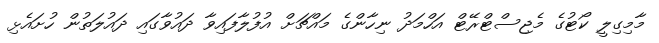
މާމިގިލީ ކޯޓުގެ މެޖިސްޓްރޭޓް އަހްމަދު ނިހާންގެ މައްޗަށް އުފުލާފައިވާ ދައުވާގައި ދައުލަތުން ހުށައެޅި